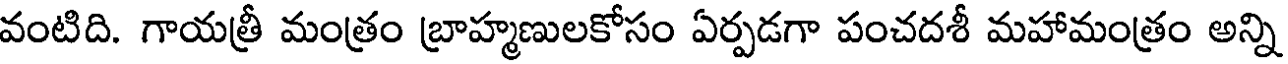
వంటిది. గాయత్రీ మంత్రం బ్రాహ్మణులకోసం ఏర్పడగా పంచదశీ మహామంత్రం అన్ని